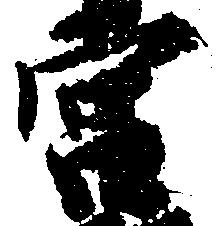
宮